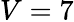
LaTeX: V=7